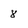
Character: 8